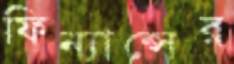
ফিন্যান্সের